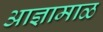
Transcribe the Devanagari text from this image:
आज्ञामाळ